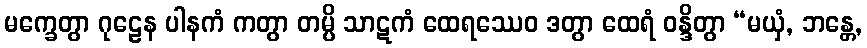
မက္ခေတွာ ဂုဠေန ပါနကံ ကတွာ တမ္ပိ သာဋကံ ထေရဿေဝ ဒတွာ ထေရံ ဝန္ဒိတွာ “မယှံ, ဘန္တေ,